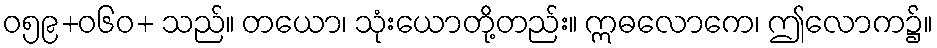
ဝ၅၉+၀၆ဝ+ သည်။ တယော၊ သုံးယောတို့တည်း။ ဣဓလောကေ၊ ဤလောက၌။